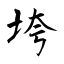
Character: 垮